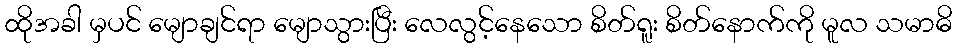
ထိုအခါ မှပင် မျောချင်ရာ မျောသွားပြီး လေလွင့်နေသော စိတ်ရူး စိတ်နောက်ကို မူလ သမာဓိ